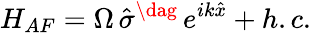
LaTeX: H_{AF}=\Omega\, \hat{\sigma}^{\dag}\, e^{ik\hat{x}}+h.c.